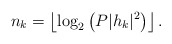
\begin{align*} n_k= \left\lfloor \log_2\left(P|h_k|^2\right)\right\rfloor.\end{align*}